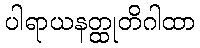
ပါရာယနတ္ထုတိဂါထာ